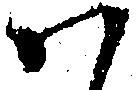
ハ